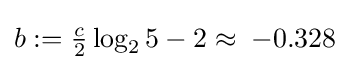
b:={\tfrac {c}{2}}\log _{2}5-2\approx \;-0.328